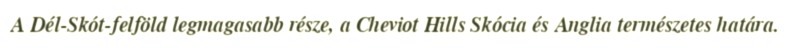
A Dél-Skót-felföld legmagasabb része, a Cheviot Hills Skócia és Anglia természetes határa.